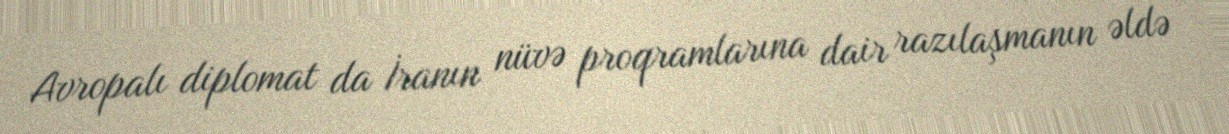
Avropalı diplomat da İranın nüvə proqramlarına dair razılaşmanın əldə